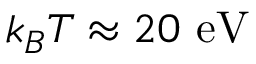
k _ { B } T \approx 2 0 \ \mathrm { e V }